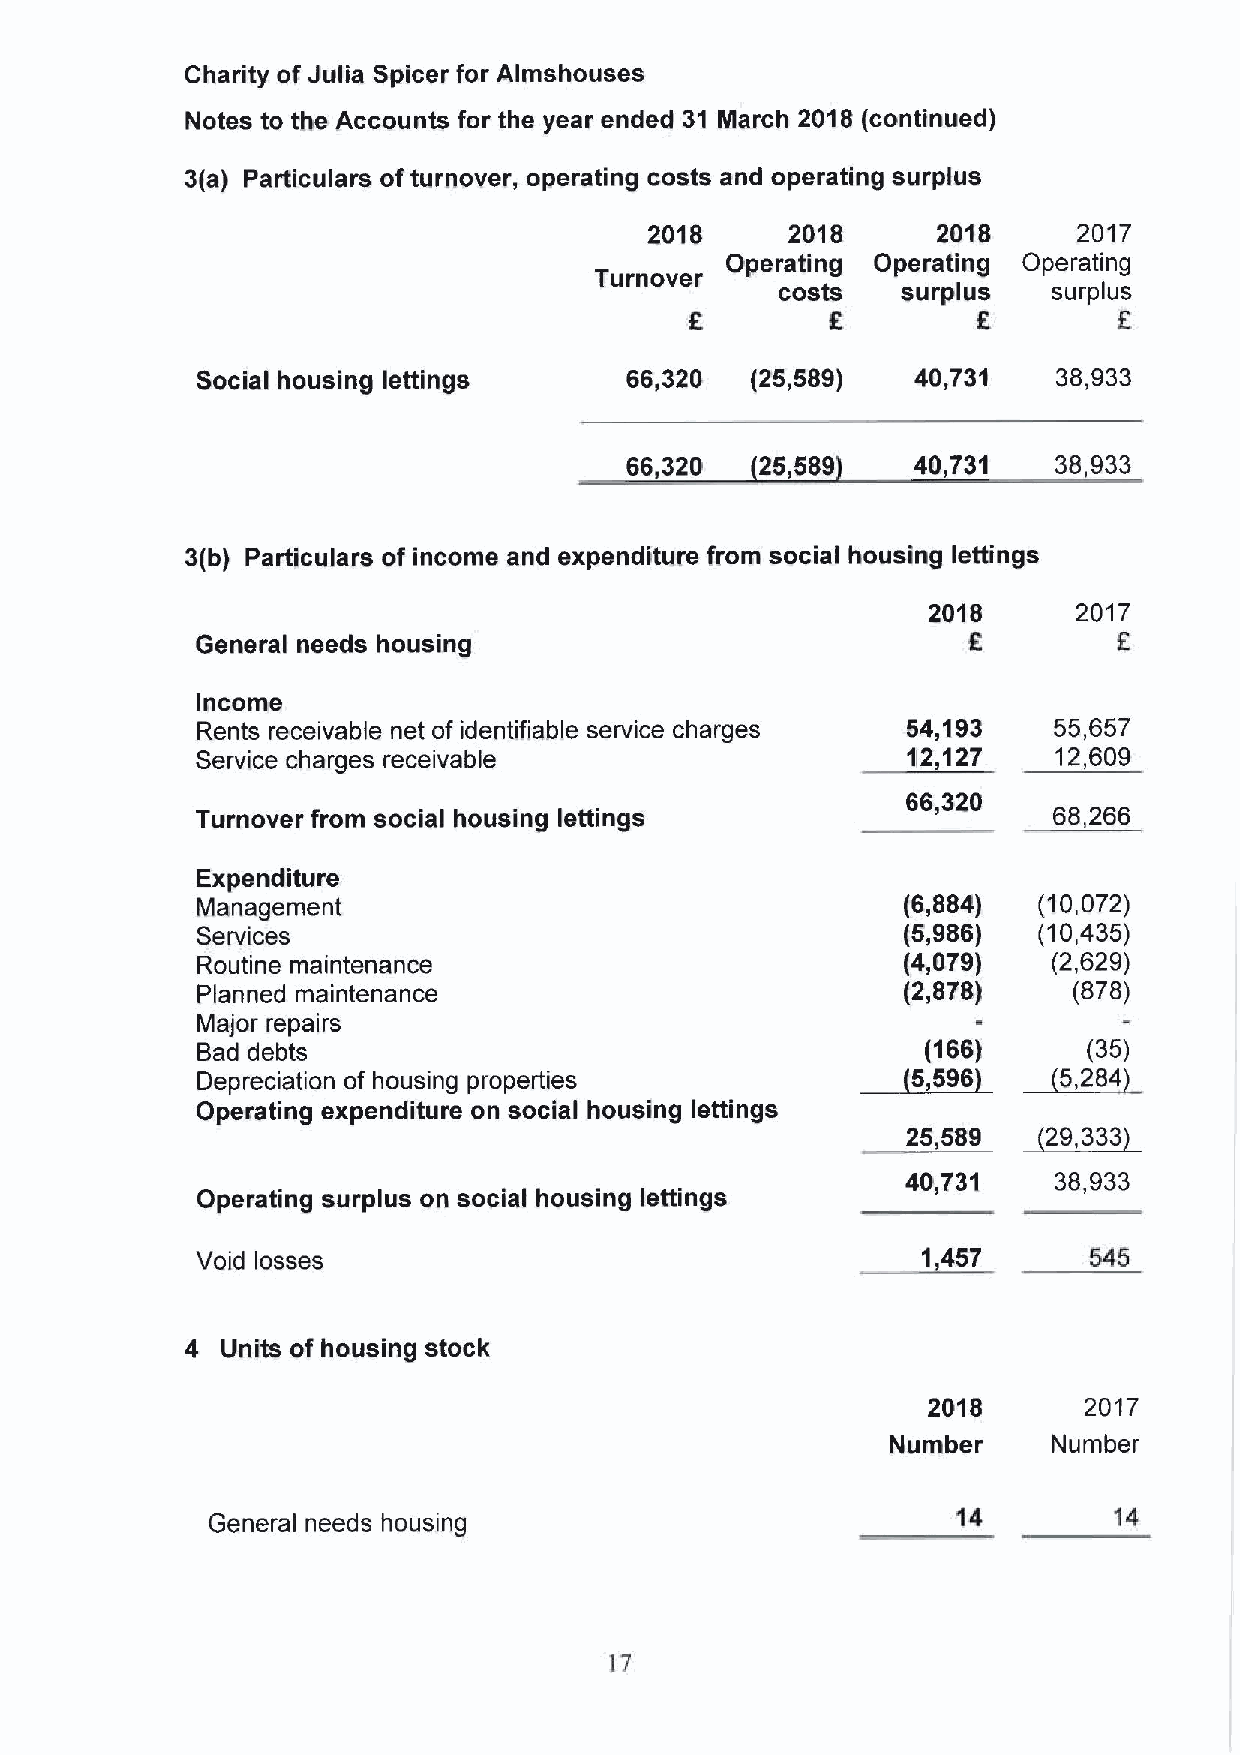
Charity of Julia Spicer for Almshouses
 Notes to the Accounts for the year ended 31 March 2018 (continued)
 3(a) Particulars ofturnover, operating costs and operating surplus
 2018     2018      2018     2017
 Operating Operating Operating
 Turnover
 costs   surplus   surplus
 6        E
 Social housing lettings     66,320   (25,589)   40,731   38,933
 66,320   25,589     40,731   38,933
 3(b) Particulars of income and expenditure from social housing lettings
 2018      2017
 General needs housing                              R         K
 Income
 Rents receivable net of identifiable service charges 64,193 55,657
 Service charges receivable                     112,127   12,609
 66,320
 Turnover from social housing lettings                    68,266
 Expenditure
 Management                                     (6,884)  (10,072)
 Services                                       (5,986)  (10,435)
 Routine maintenance                            (4,079)   (2,629)
 Planned maintenance                            (2,878)    (678)
 Major repairs
 Bad debts                                   ~5,(166)       (35)
 ~5,
 Depreciation of housing properties               599       254
 Operating expenditure on social housing lettings
 25,589  ~29,333
 40,731    38,933
 Operating surplus on social housing lettings
 Void losses                                     1 487      545
 4  Units of housing stock
 2018       2017
 Number     Number
 14         14
 General needs housing
 17